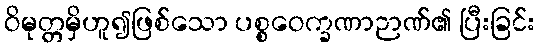
ဝိမုတ္တမှိဟူ၍ဖြစ်သော ပစ္စဝေက္ခဏာဉာဏ်၏ ပြီးခြင်း